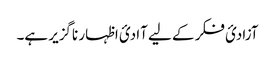
آزادیٔ فکر کے لیے آادیٔ اظہار ناگزیر ہے۔